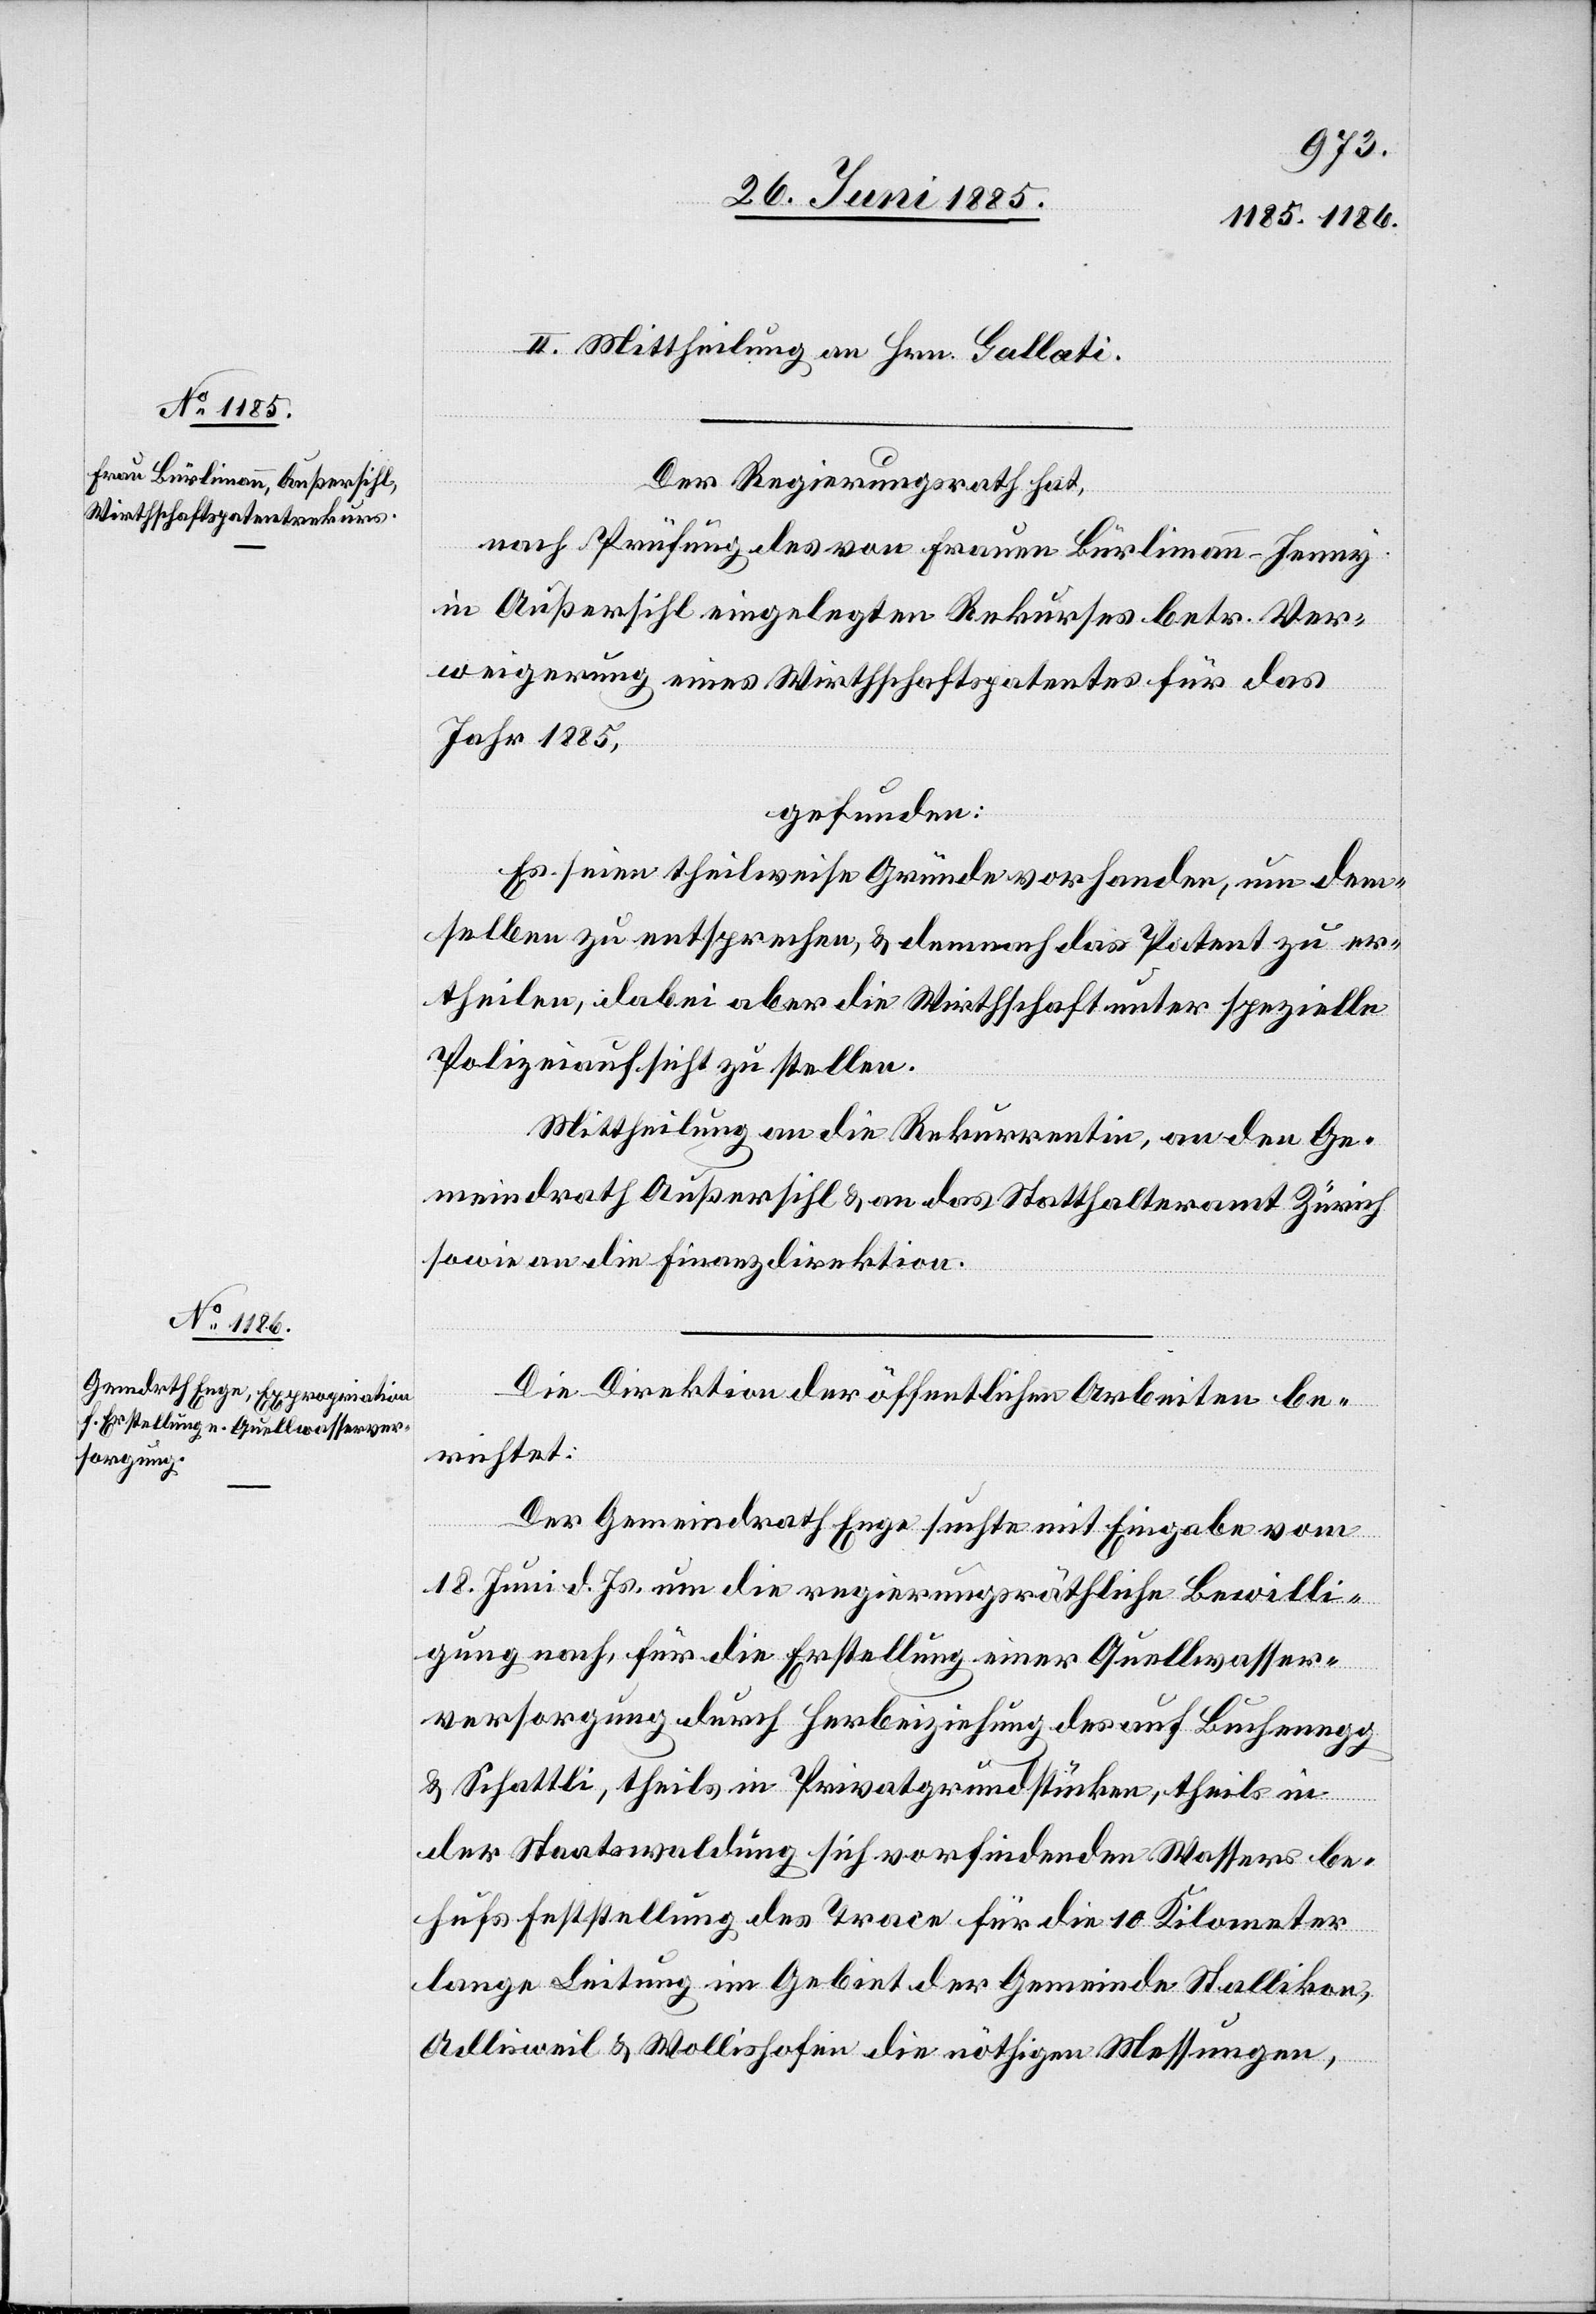
II. Mittheilung an Hrn. Gallati.
Der Regierungsrath hat,
nach Prüfung des von Frauen [sic!] Bürlimann-Jenny
in Außersihl eingelegten Rekurses betr. Ver¬
weigerung eines Wirthschaftspatentes für das
Jahr 1885,
gefunden:
Es seien theilweise Gründe vorhanden, um dem¬
selben zu entsprechen, & demnach das Patent zu er¬
theilen, dabei aber die Wirthschaft unter spezielle
Polizeiaufsicht zu stellen.
Mittheilung an die Rekurrentin, an den Ge¬
meindrath Außersihl & an das Statthalteramt Zürich
sowie an die Finanzdirektion.
Die Direktion der öffentlichen Arbeiten be¬
richtet:
Der Gemeindrath Enge suchte mit Eingabe vom
18. Juni d. Js. um die regierungsräthliche Bewilli¬
gung nach, für die Erstellung einer Quellwasser¬
versorgung durch Herbeiziehung des auf Buchenegg
& Schattli, theils in Privatgrundstücken, theils in
der Staatswaldung sich vorfindenden Wassers be¬
hufs Feststellung des Trace für die 10 Kilometer
lange Leitung im Gebiet der Gemeinde Stallikon,
Adlisweil & Wollishofen die nöthigen Messungen,